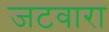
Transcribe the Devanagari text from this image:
जटवारा